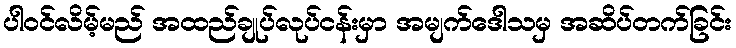
ပါဝင်လိမ့်မည် အထည်ချုပ်လုပ်ငန်းမှာ အမျက်ဒေါသမှ အဆိပ်တက်ခြင်း